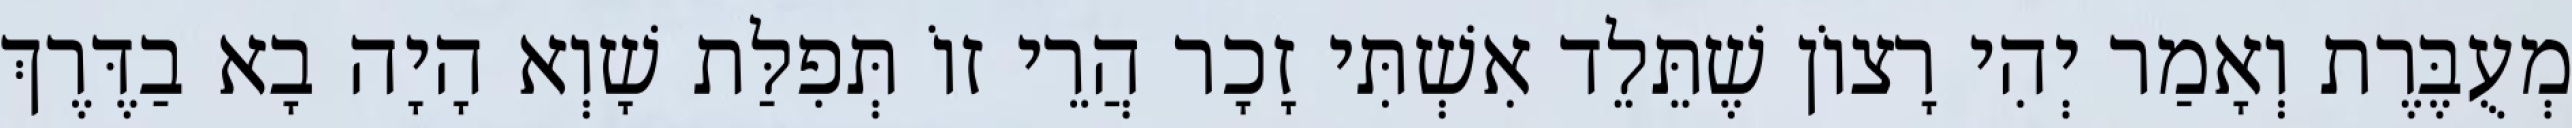
מְעֻבֶּרֶת וְאָמַר יְהִי רָצוֹן שֶׁתֵּלֵד אִשְׁתִּי זָכָר הֲרֵי זוֹ תְּפִלַּת שָׁוְא הָיָה בָא בַדֶּרֶךְ